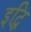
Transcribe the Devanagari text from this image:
इद्धि